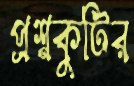
প্রশ্নকুটির